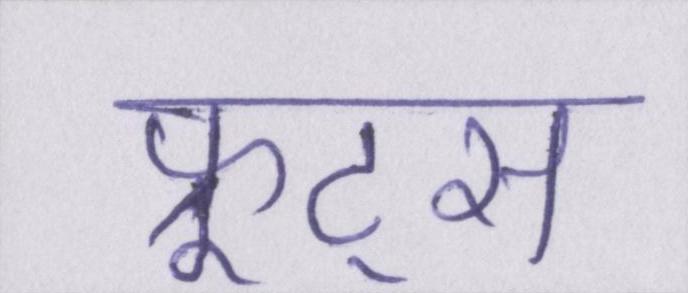
फ्रूट्स